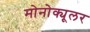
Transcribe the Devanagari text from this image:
मोनोक्यूलर